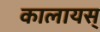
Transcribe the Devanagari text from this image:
कालायस्